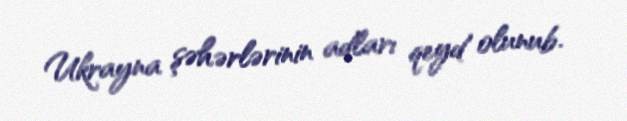
Ukrayna şəhərlərinin adları qeyd olunub.